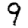
Digit: 9